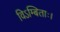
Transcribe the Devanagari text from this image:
विऽम्बिताः।